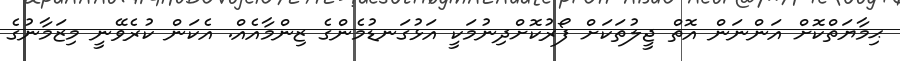
ޙިމާޔަތްކޮށް އަންނަން އޮތް ޖީލުތަކަށް ފޯރުކޮށްދިނުމަކީ އަޅުގަނޑުމެންގެ ޒިންމާއެއް. އެކަން ކުރެވޭނީ މިޒަމާނުގެ